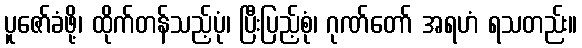
ပူဇော်ခံဖို့၊ ထိုက်တန်သည့်ပုံ၊ ပြီးပြည့်စုံ၊ ဂုဏ်တော် အရဟံ ရသတည်း။